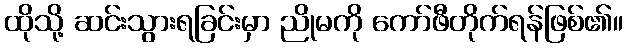
ထိုသို့ ဆင်းသွားရခြင်းမှာ ညိုမကို ကော်ဖီတိုက်ရန်ဖြစ်၏။